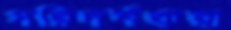
পরিদর্শকরা